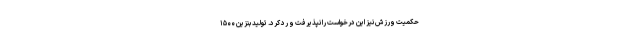
حکمیت ورزش نیز این درخواست را نپذیرفت و رد کرد. تولید بنزین ۱۵۰۰